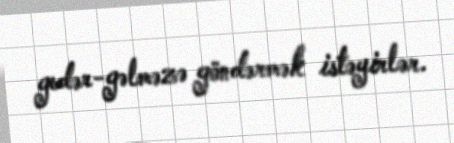
gedər-gəlməzə göndərmək istəyirlər.